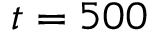
t = 5 0 0